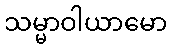
သမ္မာဝါယာမော